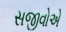
સજીવોએ